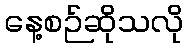
နေ့စဉ်ဆိုသလို